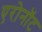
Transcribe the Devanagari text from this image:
एरोनॉट